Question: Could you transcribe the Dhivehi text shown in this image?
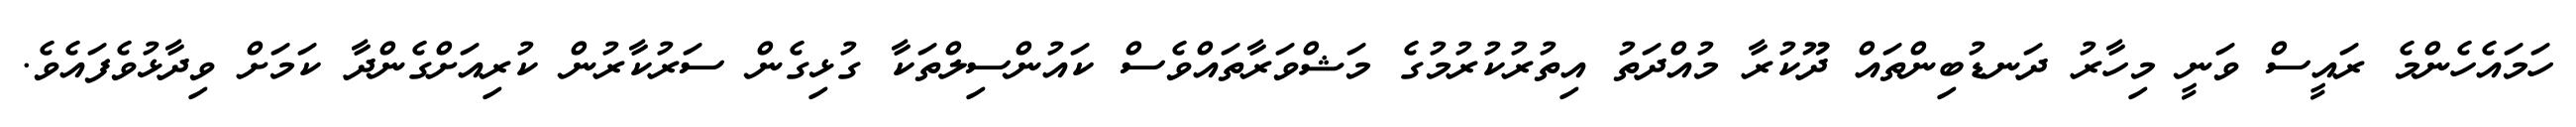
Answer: ހަމައެހެންމެ ރައީސް ވަނީ މިހާރު ދަނޑުބިންތައް ދޫކުރާ މުއްދަތު އިތުރުކުރުމުގެ މަޝްވަރާތައްވެސް ކައުންސިލްތަކާ ގުޅިގެން ސަރުކާރުން ކުރިއަށްގެންދާ ކަމަށް ވިދާޅުވެފައެވެ.